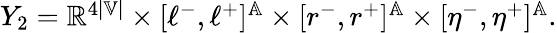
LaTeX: \begin{array}{r}{Y_{2}=\mathbb{R}^{4|\mathbb{V}|}\times[\ell^{-},\ell^{+}]^{\mathbb{A}}\times[r^{-},r^{+}]^{\mathbb{A}}\times[\eta^{-},\eta^{+}]^{\mathbb{A}}.}\end{array}